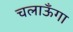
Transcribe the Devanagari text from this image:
चलाऊँगा